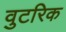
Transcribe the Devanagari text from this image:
वुटरिक